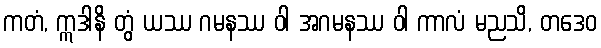
ကတံ, ဣဒါနိ တွံ ယဿ ဂမနဿ ဝါ အဂမနဿ ဝါ ကာလံ မညသိ, တဒေဝ